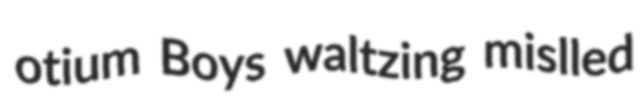
otium Boys waltzing mislled